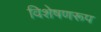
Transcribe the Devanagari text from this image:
विशेषणरूप